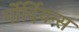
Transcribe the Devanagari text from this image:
र्गोर्दियन्स